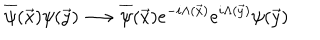
LaTeX: \overline { { { \psi } } } ( \vec { x } ) \psi ( \vec { y } ) \longrightarrow \overline { { { \psi } } } ( \vec { x } ) e ^ { - i \Lambda ( \vec { x } ) } e ^ { i \Lambda ( \vec { y } ) } \psi ( \vec { y } )